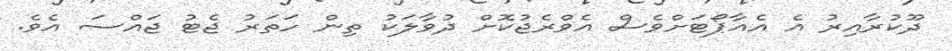
ދޫކުރާއިރު އެ އެއާޕޯޓަށްވެސް އެވްރެޖުކޮށް ދުވާލަކު ތިން ހަތަރު ޖެޓު ޖައްސަ އެވެ.